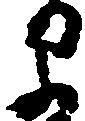
早